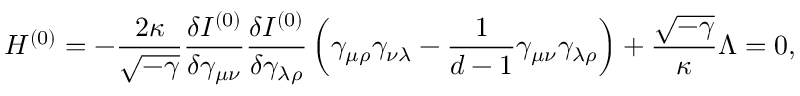
{ \cal H } ^ { ( 0 ) } = - \frac { 2 \kappa } { \sqrt { - \gamma } } \frac { \delta I ^ { ( 0 ) } } { \delta \gamma _ { \mu \nu } } \frac { \delta I ^ { ( 0 ) } } { \delta \gamma _ { \lambda \rho } } \left( \gamma _ { \mu \rho } \gamma _ { \nu \lambda } - \frac { 1 } { d - 1 } \gamma _ { \mu \nu } \gamma _ { \lambda \rho } \right) + \frac { \sqrt { - \gamma } } { \kappa } \Lambda = 0 ,